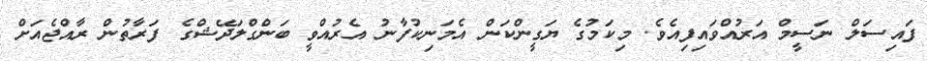
ފައިސަލް ނަސީމް އަރުއްވައިފިއެވެ. މިކަމުގެ ޔަގީންކަން އެމަނިކުފާނު އެެރުއްވީ ބަންގްލަދޭޝްގެ ފަރާތުން ރާއްޖެއަށް